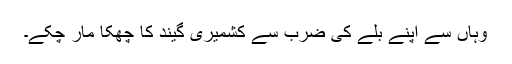
وہاں سے اپنے بلّے کی ضرب سے کشمیری گیند کا چھکا مار چکے۔